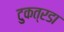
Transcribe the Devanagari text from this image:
टुकत्रडा